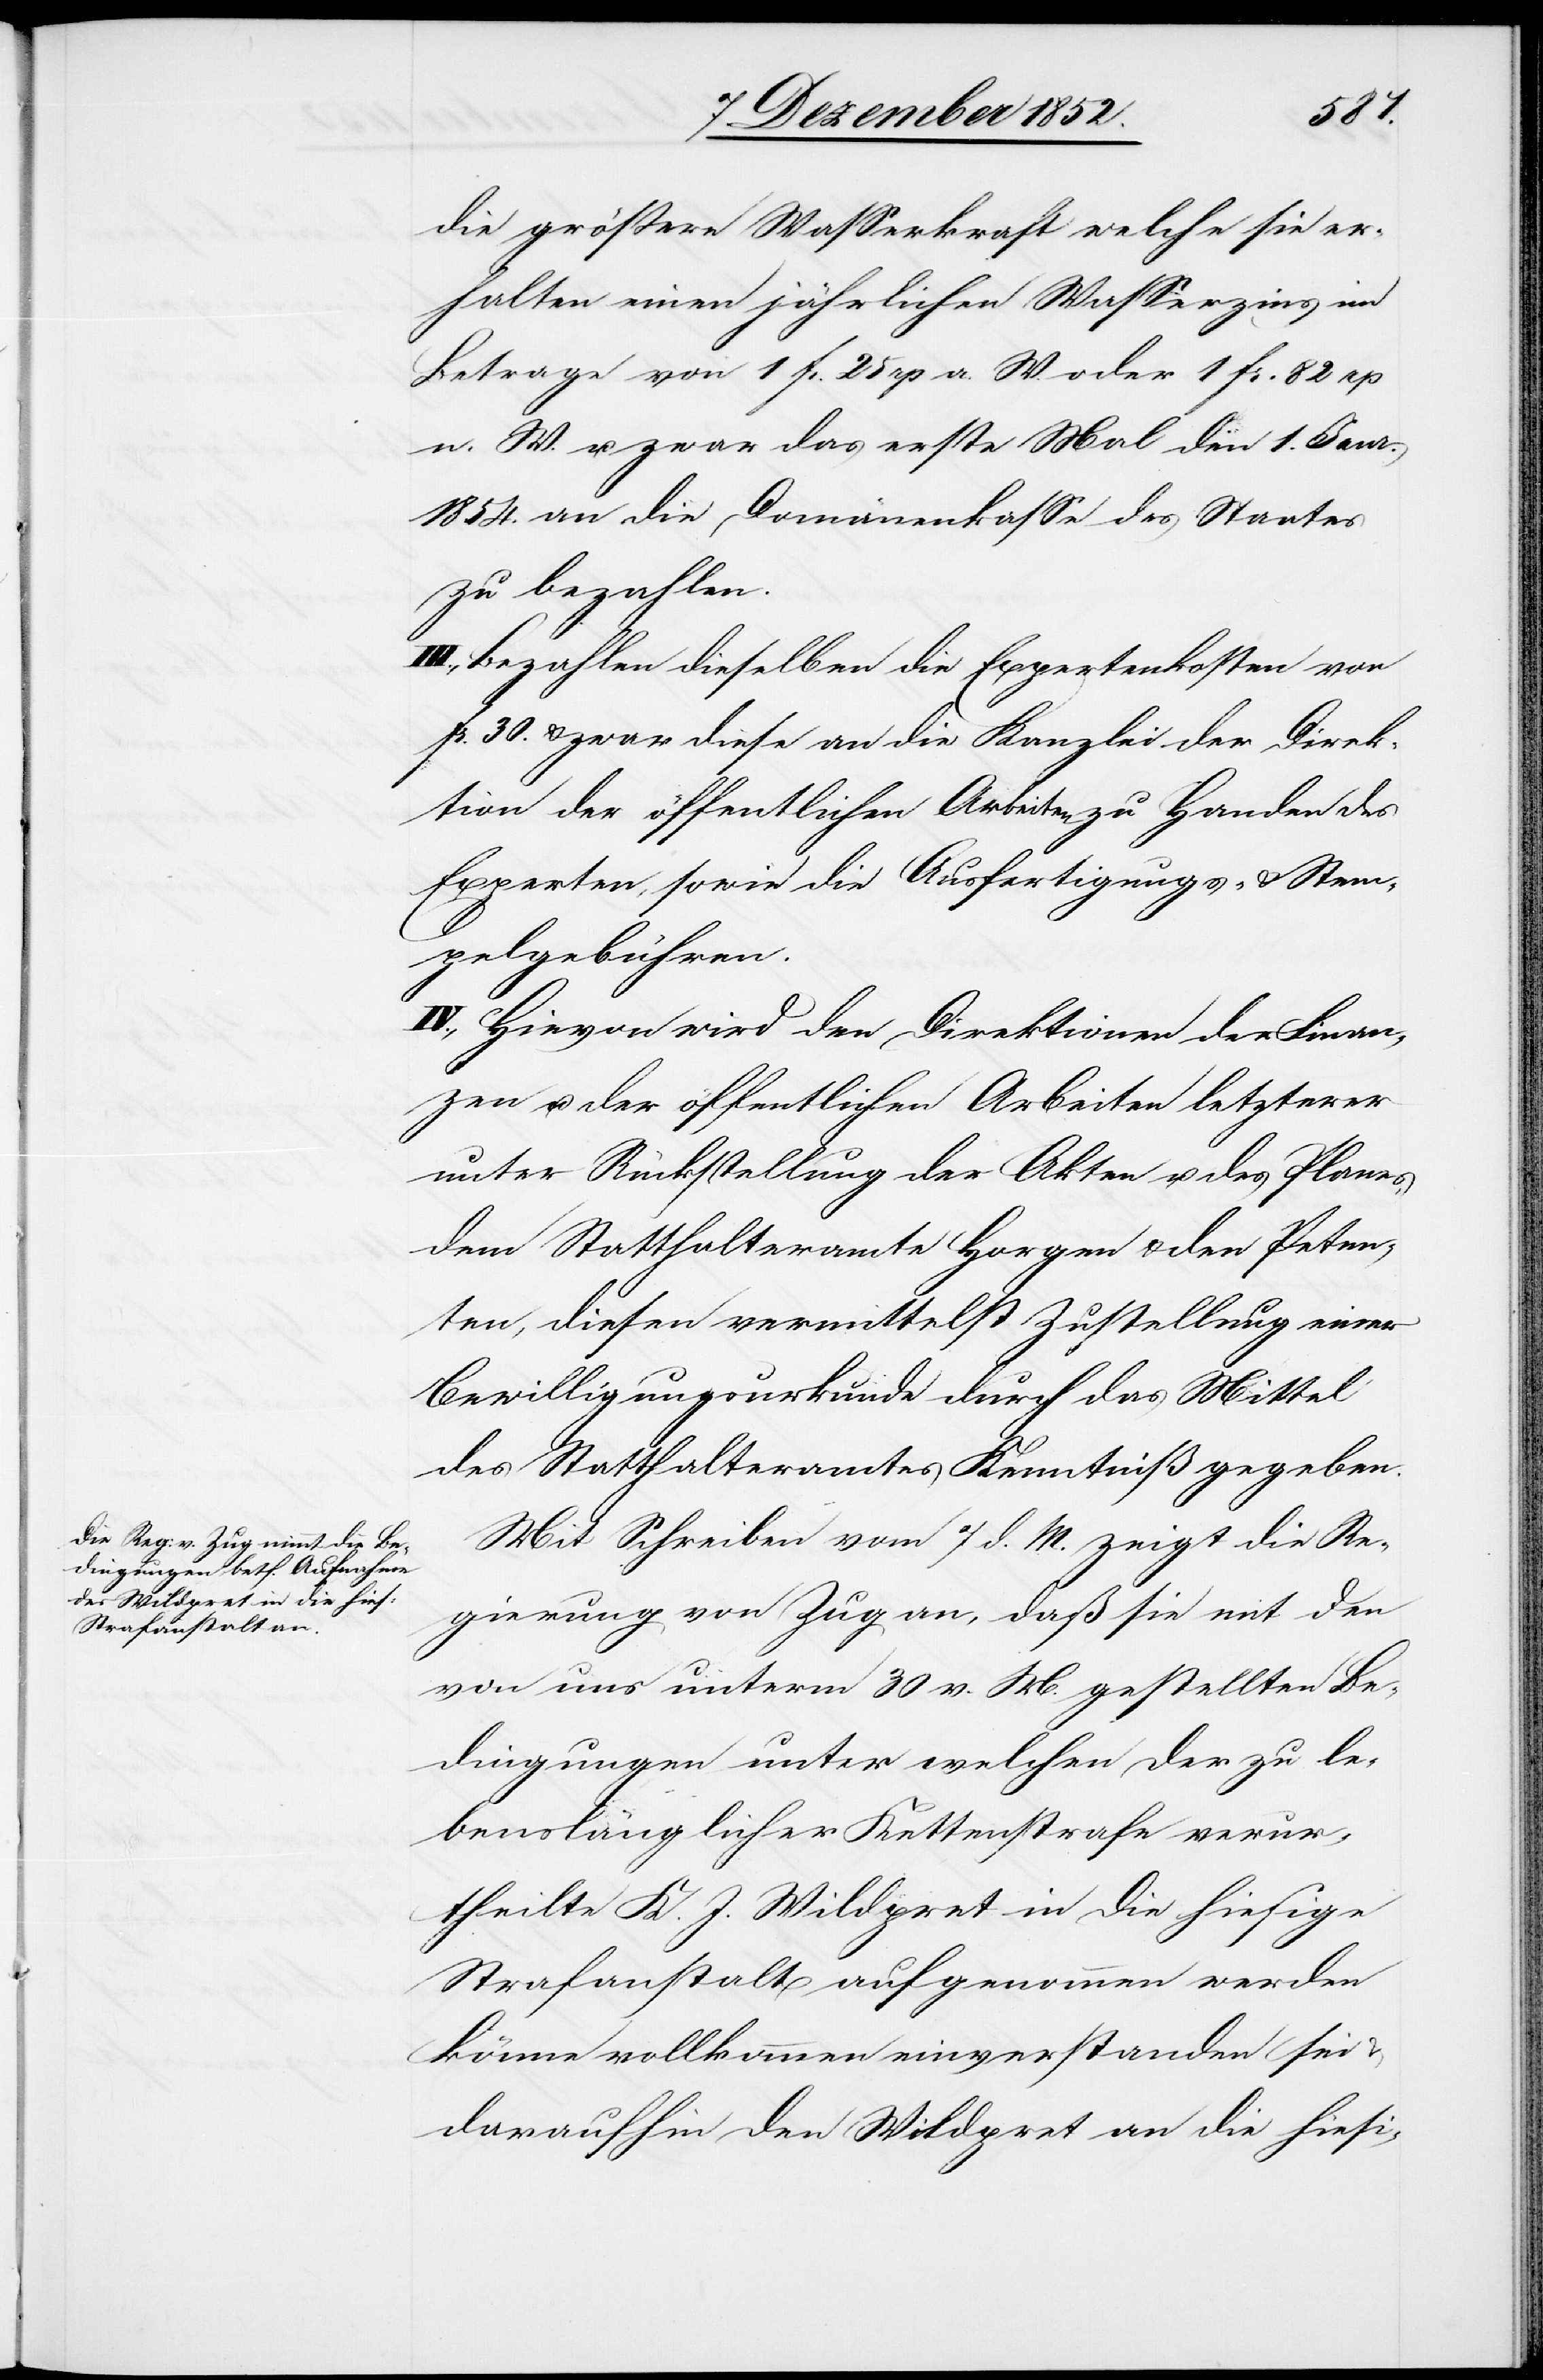
Mit Schreiben vom 7 d. M. zeigt die Re¬
gierung von Zug an, daß sie mit den
von uns unterm 30 v. M. gestellten Be¬
dingungen unter welchen der zu le¬
benslänglicher Kettenstrafe verur¬
theilte K. J. Wildpret in die hiesige
Strafanstalt aufgenommen werden
könne vollkommen einverstanden sei
daraufhin den Wildpret an die hiesi-